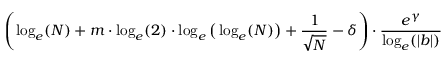
\left( \log _ { e } ( N ) + m \cdot \log _ { e } ( 2 ) \cdot \log _ { e } { \big ( } \log _ { e } ( N ) { \big ) } + { \frac { 1 } { \sqrt { N } } } - \delta \right) \cdot { \frac { e ^ { \gamma } } { \log _ { e } ( | b | ) } }